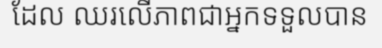
ដែល ឈរលើភាពជាអ្នកទទួលបាន